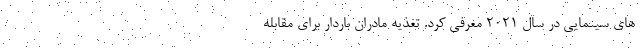
های سینمایی در سال ۲۰۲۱ معرفی کرد. تغذیه مادران باردار برای مقابله